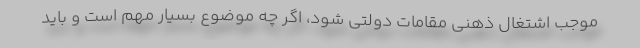
موجب اشتغال ذهنی مقامات دولتی شود، اگر چه موضوع بسیار مهم است و باید